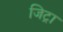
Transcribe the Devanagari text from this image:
जिट्रा